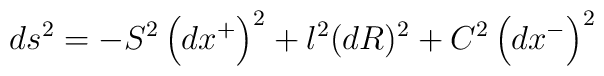
ds^{2}=-S^{2}\left( dx^{+}\right) ^{2}+l^{2}(dR)^{2}+C^{2}\left(dx^{-}\right) ^{2}